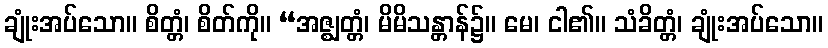
ချုံးအပ်သော။ စိတ္တံ၊ စိတ်ကို။ “အဇ္ဈတ္တံ၊ မိမိသန္တာန်၌။ မေ၊ ငါ၏။ သံခိတ္တံ၊ ချုံးအပ်သော။